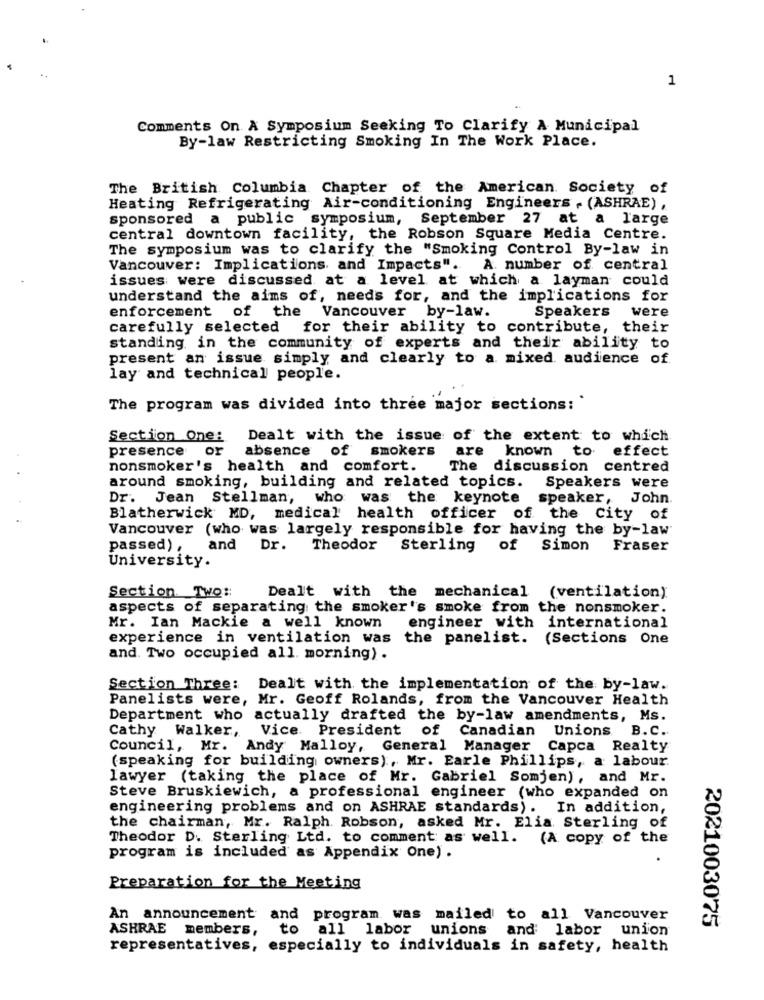
1
Comments On A Symposium Seeking To Clarify A Municipal
By-law Restricting Smoking In The Work Place.
The British Columbia Chapter of the American Society of
Heating Refrigerating Air-conditioning Engineers . (ASHRAE) ,
sponsored a public symposium, September 27 at a large
central downtown facility, the Robson Square Media Centre.
The symposium was to clarify the "Smoking Control By-law in
Vancouver: Implications. and Impacts".
A. number of central
issues were discussed at a level at which a layman could
understand the aims of, needs for, and the implications for
enforcement of the Vancouver by-law.
Speakers
were
carefully selected for their ability to contribute, their
standing in the community of experts and their ability to
present an issue simply and clearly to a mixed. audience of
lay and technical people.
The program was divided into three major sections:
Section One:
Dealt with the issue of the extent to which
presence or
absence of smokers
are known to effect
nonsmoker's health and comfort.
The discussion centred
around smoking, building and related topics. Speakers were
Dr. Jean Stellman, who was the keynote speaker, John.
Blatherwick MD, medical health officer of the City of
Vancouver (who was largely responsible for having the by-law
passed), and Dr. Theodor Sterling of Simon
Fraser
University.
Section. Two ::
Dealt with the mechanical (ventilation)
aspects of separating the smoker's smoke from the nonsmoker.
Mr. Ian Mackie a well known
engineer with international
experience in ventilation was the panelist. (Sections One
and. Two occupied all. morning) .
Section Three: Dealt with the implementation of the by-law.
Panelists were, Mr. Geoff Rolands, from the Vancouver Health
Department who actually drafted the by-law amendments, Ms.
Vice. President of Canadian
Unions B.C.
Cathy Walker,
Council, Mr. Andy Malloy, General Manager Capca Realty
(speaking for building owners), Mr. Earle Phillips, a labour.
lawyer (taking the place of Mr. Gabriel Somjen), and Mr.
Steve Bruskiewich, a professional engineer (who expanded on
engineering problems and on ASHRAE standards). In addition,
the chairman, Mr. Ralph. Robson, asked Mr. Elia Sterling of
Theodor D. Sterling Ltd. to comment as well. (A copy of the
program is included as Appendix One).
Preparation for the Meeting
An announcement and program was mailed to all Vancouver
ASHRAE members,
to
all labor
unions and labor union
2021003075
representatives,
especially to individuals in safety, health